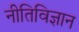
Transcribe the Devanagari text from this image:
नीतिविज्ञान